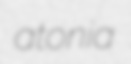
atonia